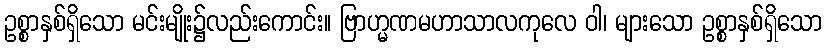
ဥစ္စာနှစ်ရှိသော မင်းမျိုး၌လည်းကောင်း။ ဗြာဟ္မဏမဟာသာလကုလေ ဝါ၊ များသော ဥစ္စာနှစ်ရှိသော